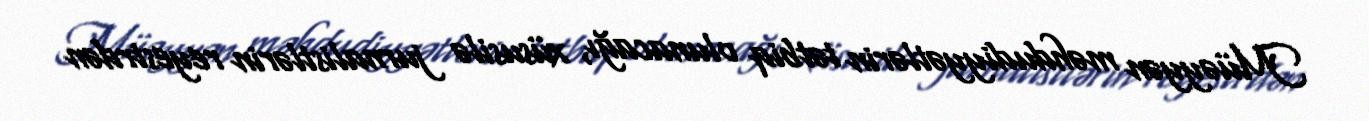
Müəyyən məhdudiyyətlərin tətbiq olunacağı, xüsusilə jurnalistlərin reyestrdən